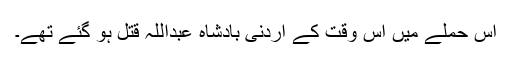
اس حملے میں اُس وقت کے اردنی بادشاہ عبداللہ قتل ہو گئے تھے۔